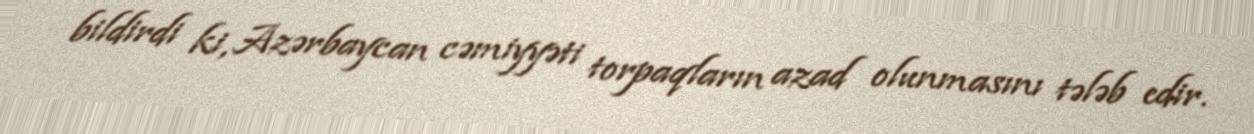
bildirdi ki, Azərbaycan cəmiyyəti torpaqların azad olunmasını tələb edir.